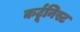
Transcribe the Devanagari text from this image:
कर्टूनिस्ट